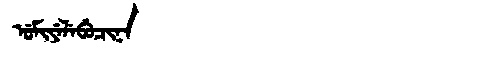
Manchu: ᡠᠮᡳᠶᡝᠯᡝᠪᡠᠴᡳᠨᠠ
Romanization: UMIYELEBUCINA